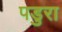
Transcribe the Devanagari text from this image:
पडुरा